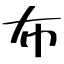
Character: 布